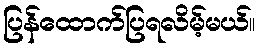
ပြန်ထောက်ပြရလိမ့်မယ်။